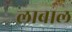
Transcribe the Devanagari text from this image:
लाबाल